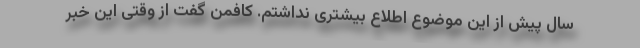
سال پیش از این موضوع اطلاع بیشتری نداشتم. کافمن گفت از وقتی این خبر